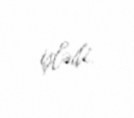
işlədi.